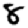
Digit: 8